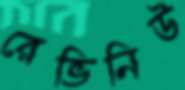
রেভিনিউ